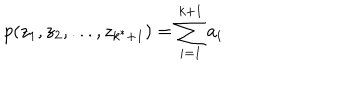
p ( z _ { 1 } , z _ { 2 } , . . . , z _ { k ^ { \ast } + 1 } ) = \sum _ { i = 1 } ^ { k + 1 } a _ { i }